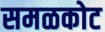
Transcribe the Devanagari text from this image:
समळकोट